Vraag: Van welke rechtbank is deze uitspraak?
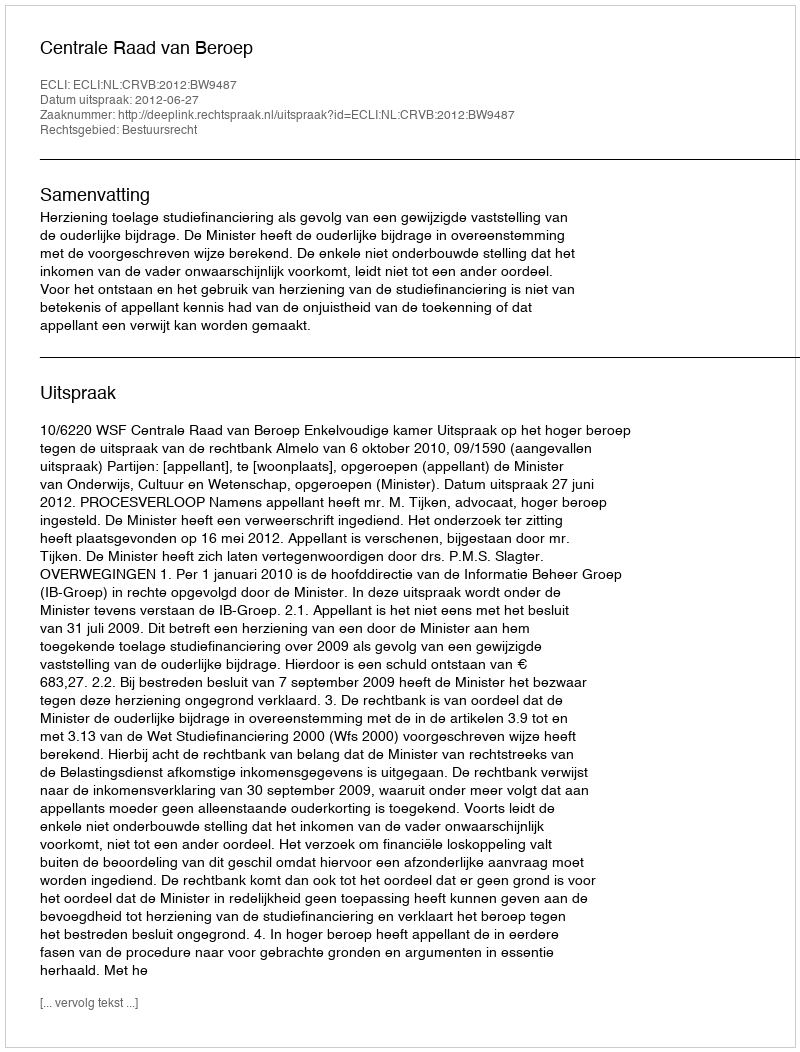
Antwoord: Centrale Raad van Beroep